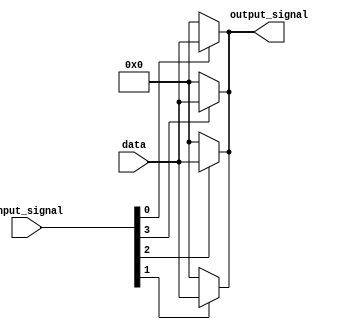
module demultiplexer(
    input [3:0] input_signal,
    input [15:0] data,
    output [15:0] output_signal
);

    assign output_signal = (input_signal[3]) ? data : 16'b0;
    assign output_signal = (input_signal[2]) ? data : 16'b0;
    assign output_signal = (input_signal[1]) ? data : 16'b0;
    assign output_signal = (input_signal[0]) ? data : 16'b0;

endmodule